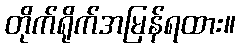
တိုက်ရိုက်အမြန်ရထား။